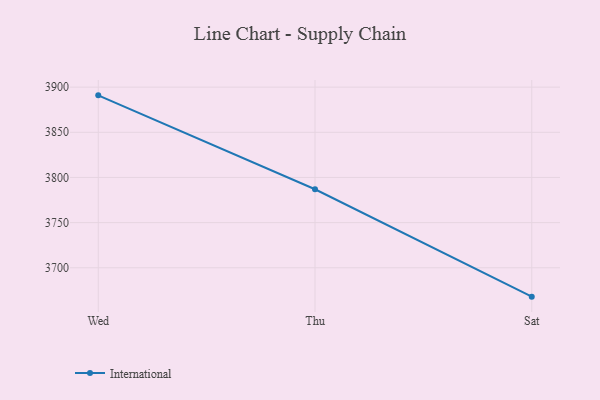
{"axis": {"x": "Day", "y": "Humidity (%)"}, "legend": ["International"], "data": [{"x": "Wed", "y": 3890.9, "type": "International"}, {"x": "Thu", "y": 3786.9, "type": "International"}, {"x": "Sat", "y": 3668.0, "type": "International"}]}